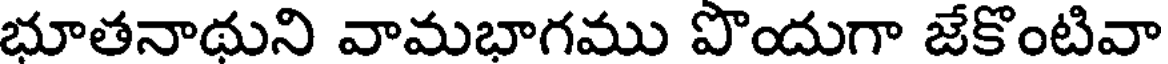
భూతనాథుని వామభాగము పొందుగా జేకొంటివా